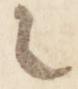
々